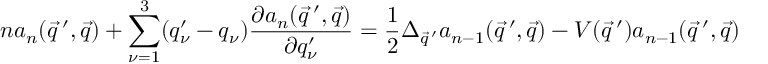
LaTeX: n a _ { n } ( \vec { q } \, ^ { \prime } , \vec { q } ) + \sum _ { \nu = 1 } ^ { 3 } ( q _ { \nu } ^ { \prime } - q _ { \nu } ) \frac { \partial a _ { n } ( \vec { q } \, ^ { \prime } , \vec { q } ) } { \partial q _ { \nu } ^ { \prime } } = \frac { 1 } { 2 } \Delta _ { \vec { q } \, ^ { \prime } } a _ { n - 1 } ( \vec { q } \, ^ { \prime } , \vec { q } ) - V ( \vec { q } \, ^ { \prime } ) a _ { n - 1 } ( \vec { q } \, ^ { \prime } , \vec { q } )